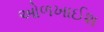
ઓળખાઈશ